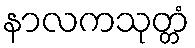
နာလကသုတ္တံ